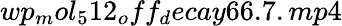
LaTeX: wp_{m}ol_{5}12_{o}ff_{d}ecay66.7.mp4